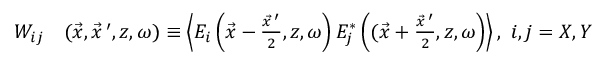
\begin{array} { r l } { W _ { i j } } & { ( \vec { x } , \vec { x } \, ^ { \prime } , z , \omega ) \equiv \left\langle E _ { i } \left( \vec { x } - \frac { \vec { x } \, ^ { \prime } } { 2 } , z , \omega \right) E _ { j } ^ { * } \left( ( \vec { x } + \frac { \vec { x } \, ^ { \prime } } { 2 } , z , \omega \right) \right\rangle , ~ i , j = X , Y } \end{array}